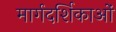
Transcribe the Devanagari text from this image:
मार्गदर्शिकाओं